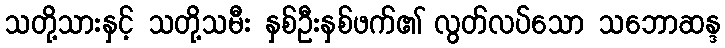
သတို့သားနှင့် သတို့သမီး နှစ်ဦးနှစ်ဖက်၏ လွတ်လပ်သော သဘောဆန္ဒ